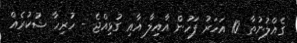
ގެއްލުނުތާ 10 އަހަރު ފަހުން އާއިލާ އާއި ގުޅިއްޖެ - ހުރިހާ ޝުކުރެއް